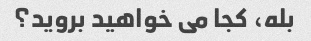
بله، کجا می خواهید بروید؟